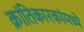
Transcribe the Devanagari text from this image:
क्रांतिकारकांमध्ये